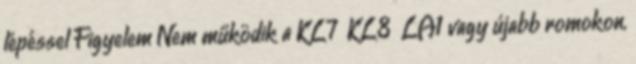
lépéssel Figyelem Nem működik a KL7 KL8 LA1 vagy újabb romokon,